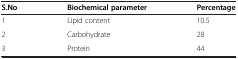
<table><thead><tr><td><b>S.No</b></td><td><b>Biochemical parameter</b></td><td><b>Percentage</b></td></tr></thead><tbody><tr><td>1</td><td>Lipid content</td><td>10.5</td></tr><tr><td>2</td><td>Carbohydrate</td><td>28</td></tr><tr><td>3</td><td>Protein</td><td>44</td></tr></tbody></table>